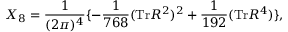
X _ { 8 } = \frac { 1 } { ( 2 \pi ) ^ { 4 } } \lbrace - \frac { 1 } { 7 6 8 } ( \mathrm { { T r } } R ^ { 2 } ) ^ { 2 } + \frac { 1 } { 1 9 2 } ( \mathrm { T r } R ^ { 4 } ) \rbrace ,